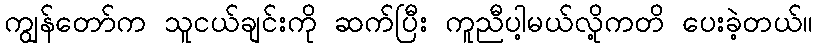
ကျွန်တော်က သူငယ်ချင်းကို ဆက်ပြီး ကူညီပါ့မယ်လို့ကတိ ပေးခဲ့တယ်။